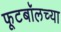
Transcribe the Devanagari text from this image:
फूटबॉलच्या